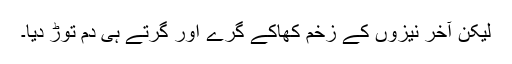
لیکن آخر نیزوں کے زخم کھاکے گرے اور گرتے ہی دم توڑ دیا۔